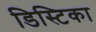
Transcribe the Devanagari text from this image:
डिस्टिका